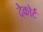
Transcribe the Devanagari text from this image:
देकोर्ट